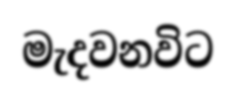
මැදවනවිට